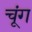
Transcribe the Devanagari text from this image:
चूंग